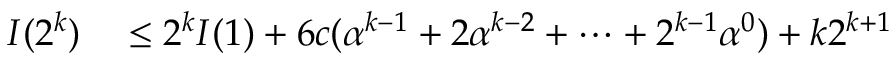
\begin{array} { r l } { I ( 2 ^ { k } ) } & { { } \leq 2 ^ { k } I ( 1 ) + 6 c ( \alpha ^ { k - 1 } + 2 \alpha ^ { k - 2 } + \cdots + 2 ^ { k - 1 } \alpha ^ { 0 } ) + k 2 ^ { k + 1 } } \end{array}